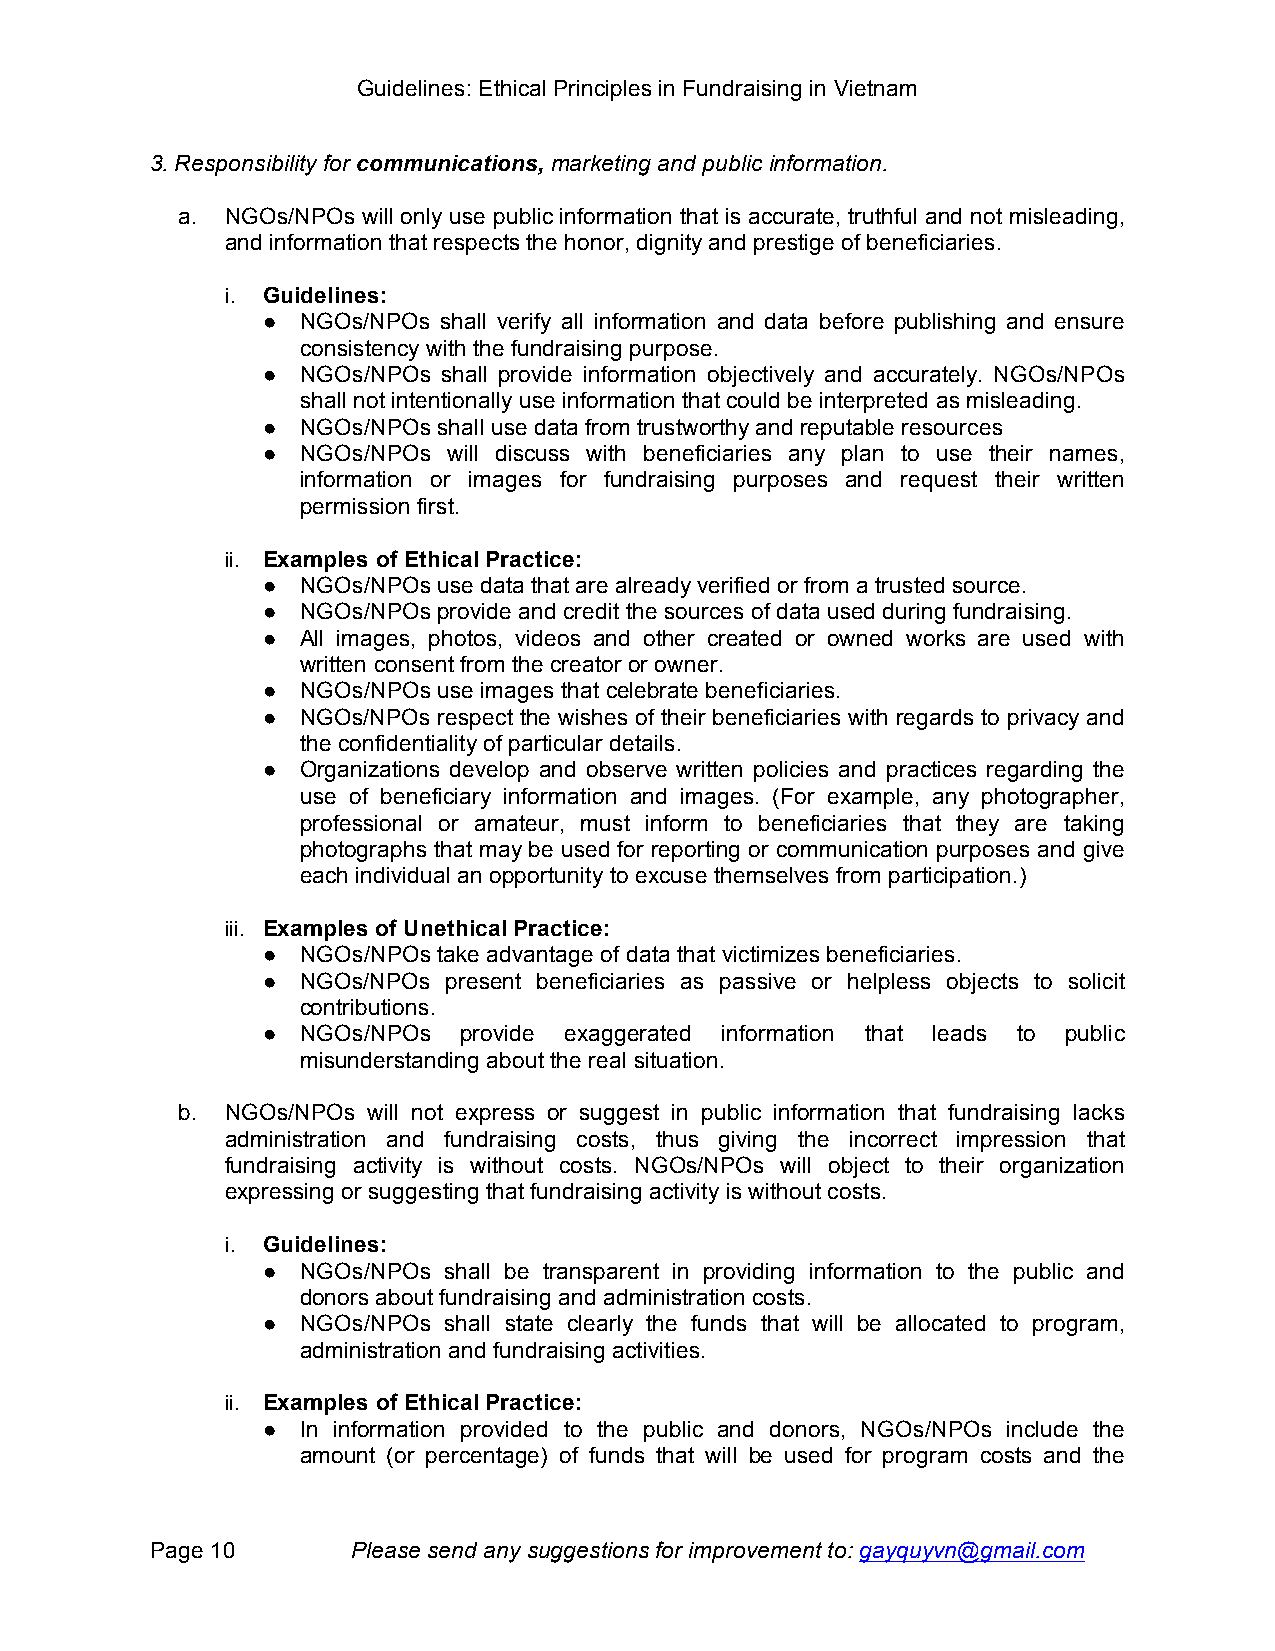
Guidelines: Ethical Principles in Fundraising in Vietnam
 3. Responsibility for communications, marketing and public information.
 a. NGOs/NPOs will only use public information that is accurate, truthful and not misleading,
 and information that respects the honor, dignity and prestige of beneficiaries.
 i. Guidelines:
 ●  NGOs/NPOs shall verify all information and data before publishing and ensure
 consistency with the fundraising purpose.
 ●  NGOs/NPOs shall provide information objectively and accurately. NGOs/NPOs
 shall not intentionally use information that could be interpreted as misleading.
 ●  NGOs/NPOs shall use data from trustworthy and reputable resources
 ●  NGOs/NPOs will discuss with beneficiaries any plan to use their names,
 information or images for fundraising purposes and request their written
 permission first.
 ii. Examples of Ethical Practice:
 ●  NGOs/NPOs use data that are already verified or from a trusted source.
 ●  NGOs/NPOs provide and credit the sources of data used during fundraising.
 ●  All images, photos, videos and other created or owned works are used with
 written consent from the creator or owner.
 ●  NGOs/NPOs use images that celebrate beneficiaries.
 ●  NGOs/NPOs respect the wishes of their beneficiaries with regards to privacy and
 the confidentiality of particular details.
 ●  Organizations develop and observe written policies and practices regarding the
 use of beneficiary information and images. (For example, any photographer,
 professional or amateur, must inform to beneficiaries that they are taking
 photographs that may be used for reporting or communication purposes and give
 each individual an opportunity to excuse themselves from participation.)
 iii. Examples of Unethical Practice:
 ●  NGOs/NPOs take advantage of data that victimizes beneficiaries.
 ●  NGOs/NPOs present beneficiaries as passive or helpless objects to solicit
 contributions.
 ●  NGOs/NPOs provide exaggerated information that leads to public
 misunderstanding about the real situation.
 b. NGOs/NPOs will not express or suggest in public information that fundraising lacks
 administration and fundraising costs, thus giving the incorrect impression that
 fundraising activity is without costs. NGOs/NPOs will object to their organization
 expressing or suggesting that fundraising activity is without costs.
 i. Guidelines:
 ●  NGOs/NPOs shall be transparent in providing information to the public and
 donors about fundraising and administration costs.
 ●  NGOs/NPOs shall state clearly the funds that will be allocated to program,
 administration and fundraising activities.
 ii. Examples of Ethical Practice:
 ●  In information provided to the public and donors, NGOs/NPOs include the
 amount (or percentage) of funds that will be used for program costs and the
 Page 10      Please send any suggestions for improvement to: gayquyvn@gmail.com